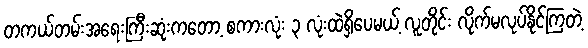
တကယ်တမ်းအရေးကြီးဆုံးကတော့ စကားလုံး ၃ လုံးထဲရှိပေမယ့် လူတိုင်း လိုက်မလုပ်နိုင်ကြတဲ့